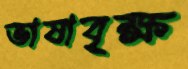
ভাষাবৃক্ষ